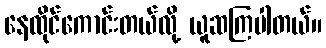
နေထိုင်ကောင်းတယ်လို့ ယူဆကြပါတယ်။